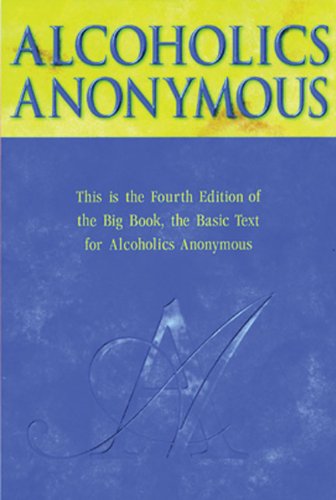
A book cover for Alcoholics Anonymous Big Book Trade Edition; AAWS; Health, Fitness & Dieting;